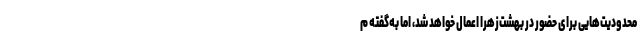
محدودیت‌هایی برای حضور در بهشت‌زهرا اعمال خواهد شد، اما به‌گفته م